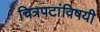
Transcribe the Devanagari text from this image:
चित्रपटांविषयी